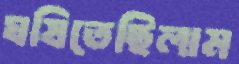
ঘষিতেছিলাম